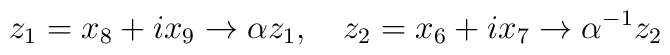
z_1 = x_8 + i x_9 \rightarrow \alpha z_1, \quad z_2= x_6 + i x_7\rightarrow \alpha^{-1} z_2